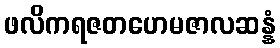
ဖလိကရဇတဟေမဇာလဆန္နံ